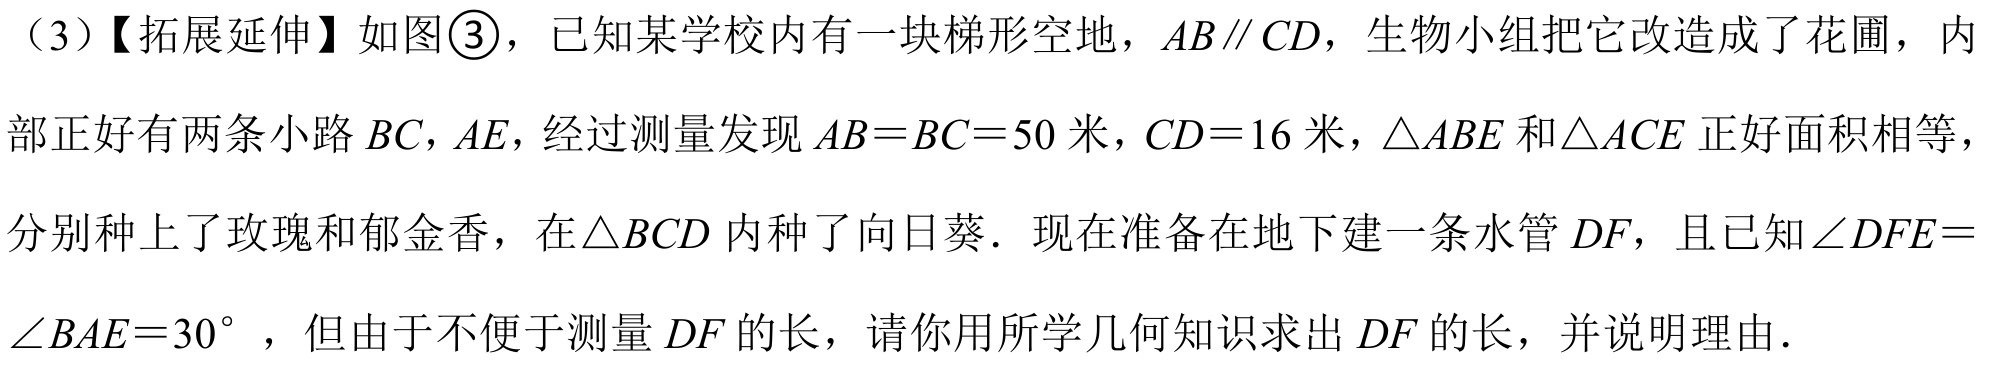
（3）【拓展延伸】如图\textcircled{3}，已知某学校内有一块梯形空地，$AB\parallel CD$，生物小组把它改造成了花圃，内
部正好有两条小路$BC,AE$，经过测量发现$AB = BC = 50$米，$CD = 16$米，$\triangle ABE$和$\triangle ACE$正好面积相等，
分别种上了玫瑰和郁金香，在$\triangle BCD$内种了向日葵．现在准备在地下建一条水管$DF$，且已知$\angle DFE=\angle BAE = 30^{\circ}$，但由于不便于测量$DF$的长，请你用所学几何知识求出$DF$的长，并说明理由．